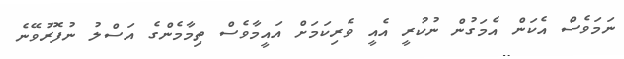
ނަމަވެސް އެކަން އެމަގުން ނުކުރީ އެއީ ވެރިކަމަށް އައީމާވެސް ތިމާމެންގެ އަސްލު ނުފޮރުވޭނެ